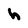
Character: h